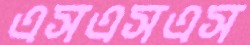
এসএসএস